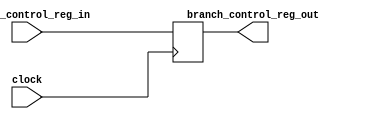
`timescale 1ps / 1ps
//////////////////////////////////////////////////////////////////////////////////
// Company: 
// Engineer: 
// 
// Design Name: 
// Module Name: branch_control_reg
// Project Name: 
// Target Devices: 
// Tool Versions: 
// Description: 
// 
// Dependencies: 
// 
// Revision:
// Revision 0.01 - File Created
// Additional Comments:
// 
//////////////////////////////////////////////////////////////////////////////////


module branch_control_reg(input branch_control_reg_in,input clock,
output reg branch_control_reg_out);
always@(posedge clock)
branch_control_reg_out=branch_control_reg_in;
endmodule